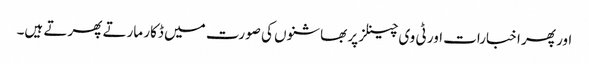
اور پھر اخبارات اور ٹی وی چینلز پر بھاشنوں کی صورت میں ڈکار مارتے پھرتے ہیں۔